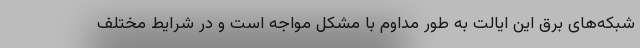
شبکه‌های برق این ایالت به طور مداوم با مشکل مواجه است و در شرایط مختلف